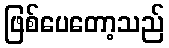
ဖြစ်ပေတော့သည်